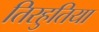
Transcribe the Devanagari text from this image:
तिरहुतिया